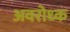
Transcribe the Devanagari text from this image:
अवरोध्क